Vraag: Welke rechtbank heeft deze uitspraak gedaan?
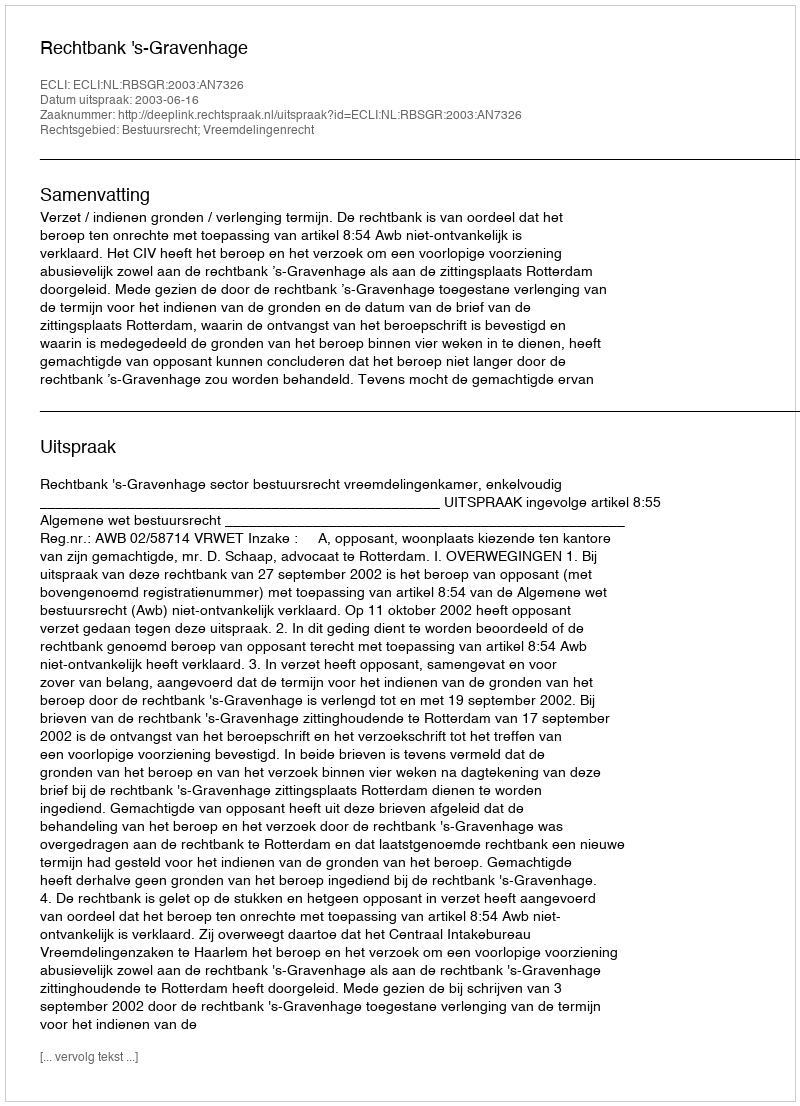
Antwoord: Rechtbank 's-Gravenhage